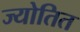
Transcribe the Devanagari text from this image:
ज्योतित